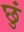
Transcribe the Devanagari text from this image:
छुं